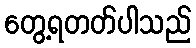
တွေ့ရတတ်ပါသည်